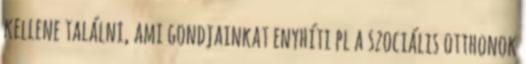
kellene találni, ami gondjainkat enyhíti pl a szociális otthonok